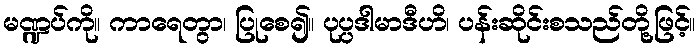
မဏ္ဍပ်ကို။ ကာရေတွာ၊ ပြုစေ၍။ ပုပ္ပဒါမာဒီဟိ၊ ပန်းဆိုင်းစသည်တို့ဖြင့်။